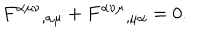
LaTeX: F ^ { \alpha \mu \nu } { } _ { , \alpha \mu } + F ^ { \alpha \nu \mu } { } _ { , \mu \alpha } = 0 .